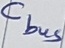
Text: Cbus